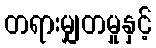
တရားမျှတမှုနှင့်